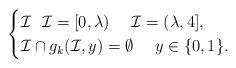
LaTeX: \begin{align*}\begin{cases}\mathcal{I} \ \ \mathcal{I}= [0,\lambda) \ \ \ \ \mathcal{I}= (\lambda,4], \ \\\mathcal{I} \cap g_k(\mathcal{I},y) = \emptyset \ \ \ \ y \in \{0,1\}.\end{cases}\end{align*}